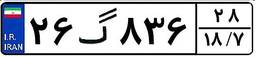
۲۶گ۸۳۶۲۸